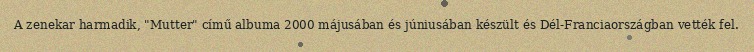
A zenekar harmadik, "Mutter" című albuma 2000 májusában és júniusában készült és Dél-Franciaországban vették fel.